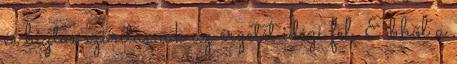
és biztos szorításnak az érzetét idézi fel. Ebből a